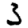
Digit: 3